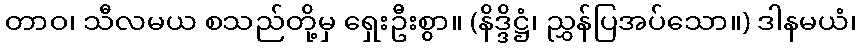
တာဝ၊ သီလမယ စသည်တို့မှ ရှေးဦးစွာ။ (နိဒ္ဒိဋ္ဌံ၊ ညွှန်ပြအပ်သော။) ဒါနမယံ၊